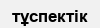
тұспектік